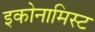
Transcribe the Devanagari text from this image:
इकोनामिस्ट